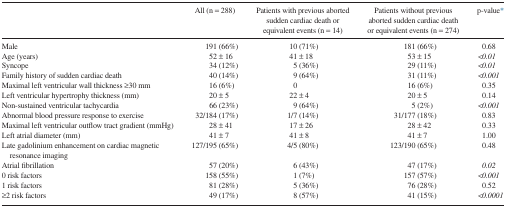
<table><thead><tr><td></td><td><b>All (n = 288)</b></td><td><b>Patients with previous aborted sudden cardiac death or equivalent events (n = 14)</b></td><td><b>Patients without previous aborted sudden cardiac death or equivalent events (n = 274)</b></td><td><b>p-value*</b></td></tr></thead><tbody><tr><td>Male</td><td>191 (66%)</td><td>10 (71%)</td><td>181 (66%)</td><td>0.68</td></tr><tr><td>Age (years)</td><td>52 ± 16</td><td>41 ± 18</td><td>53 ± 15</td><td><i>&lt;0.01</i></td></tr><tr><td>Syncope</td><td>34 (12%)</td><td>5 (36%)</td><td>29 (11%)</td><td><i>&lt;0.01</i></td></tr><tr><td>Family history of sudden cardiac death</td><td>40 (14%)</td><td>9 (64%)</td><td>31 (11%)</td><td><i>&lt;0.001</i></td></tr><tr><td>Maximal left ventricular wall thickness ≥30 mm</td><td>16 (6%)</td><td>0</td><td>16 (6%)</td><td>0.35</td></tr><tr><td>Left ventricular hypertrophy thickness (mm)</td><td>20 ± 5</td><td>22 ± 4</td><td>20 ± 5</td><td>0.14</td></tr><tr><td>Non-sustained ventricular tachycardia</td><td>66 (23%)</td><td>9 (64%)</td><td>5 (2%)</td><td><i>&lt;0.001</i></td></tr><tr><td>Abnormal blood pressure response to exercise</td><td>32/184 (17%)</td><td>1/7 (14%)</td><td>31/177 (18%)</td><td>0.83</td></tr><tr><td>Maximal left ventricular outflow tract gradient (mmHg)</td><td>28 ± 41</td><td>17 ± 26</td><td>28 ± 42</td><td>0.33</td></tr><tr><td>Left atrial diameter (mm)</td><td>41 ± 7</td><td>41 ± 8</td><td>41 ± 7</td><td>1.00</td></tr><tr><td>Late gadolinium enhancement on cardiac magnetic resonance imaging</td><td>127/195 (65%)</td><td>4/5 (80%)</td><td>123/190 (65%)</td><td>0.48</td></tr><tr><td>Atrial fibrillation</td><td>57 (20%)</td><td>6 (43%)</td><td>47 (17%)</td><td><i>0.02</i></td></tr><tr><td>0 risk factors</td><td>158 (55%)</td><td>1 (7%)</td><td>157 (57%)</td><td><i>&lt;0.001</i></td></tr><tr><td>1 risk factors</td><td>81 (28%)</td><td>5 (36%)</td><td>76 (28%)</td><td>0.52</td></tr><tr><td>≥2 risk factors</td><td>49 (17%)</td><td>8 (57%)</td><td>41 (15%)</td><td><i>&lt;0.0001</i></td></tr></tbody></table>